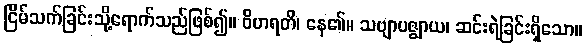
ငြိမ်သက်ခြင်းသို့ရောက်သည်ဖြစ်၍။ ဝိဟရတိ၊ နေ၏။ သဗျာပဇ္ဈာယ၊ ဆင်းရဲခြင်းရှိသော။